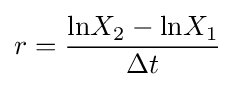
r={\frac {{\rm {ln}}X_{2}-{\rm {ln}}X_{1}}{\Delta t}}